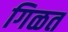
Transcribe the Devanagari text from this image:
गिळत